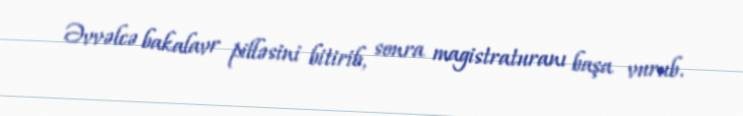
Əvvəlcə bakalavr pilləsini bitirib, sonra magistraturanı başa vurub.